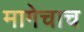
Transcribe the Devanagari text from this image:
मागेचाच